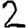
Digit: 2